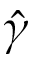
\Hat { \gamma }